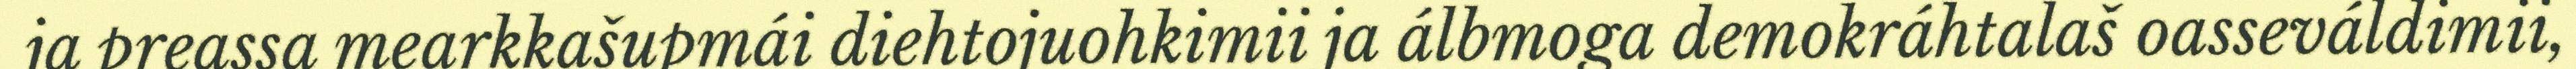
ja preassa mearkkašupmái diehtojuohkimii ja álbmoga demokráhtalaš oasseváldimii,